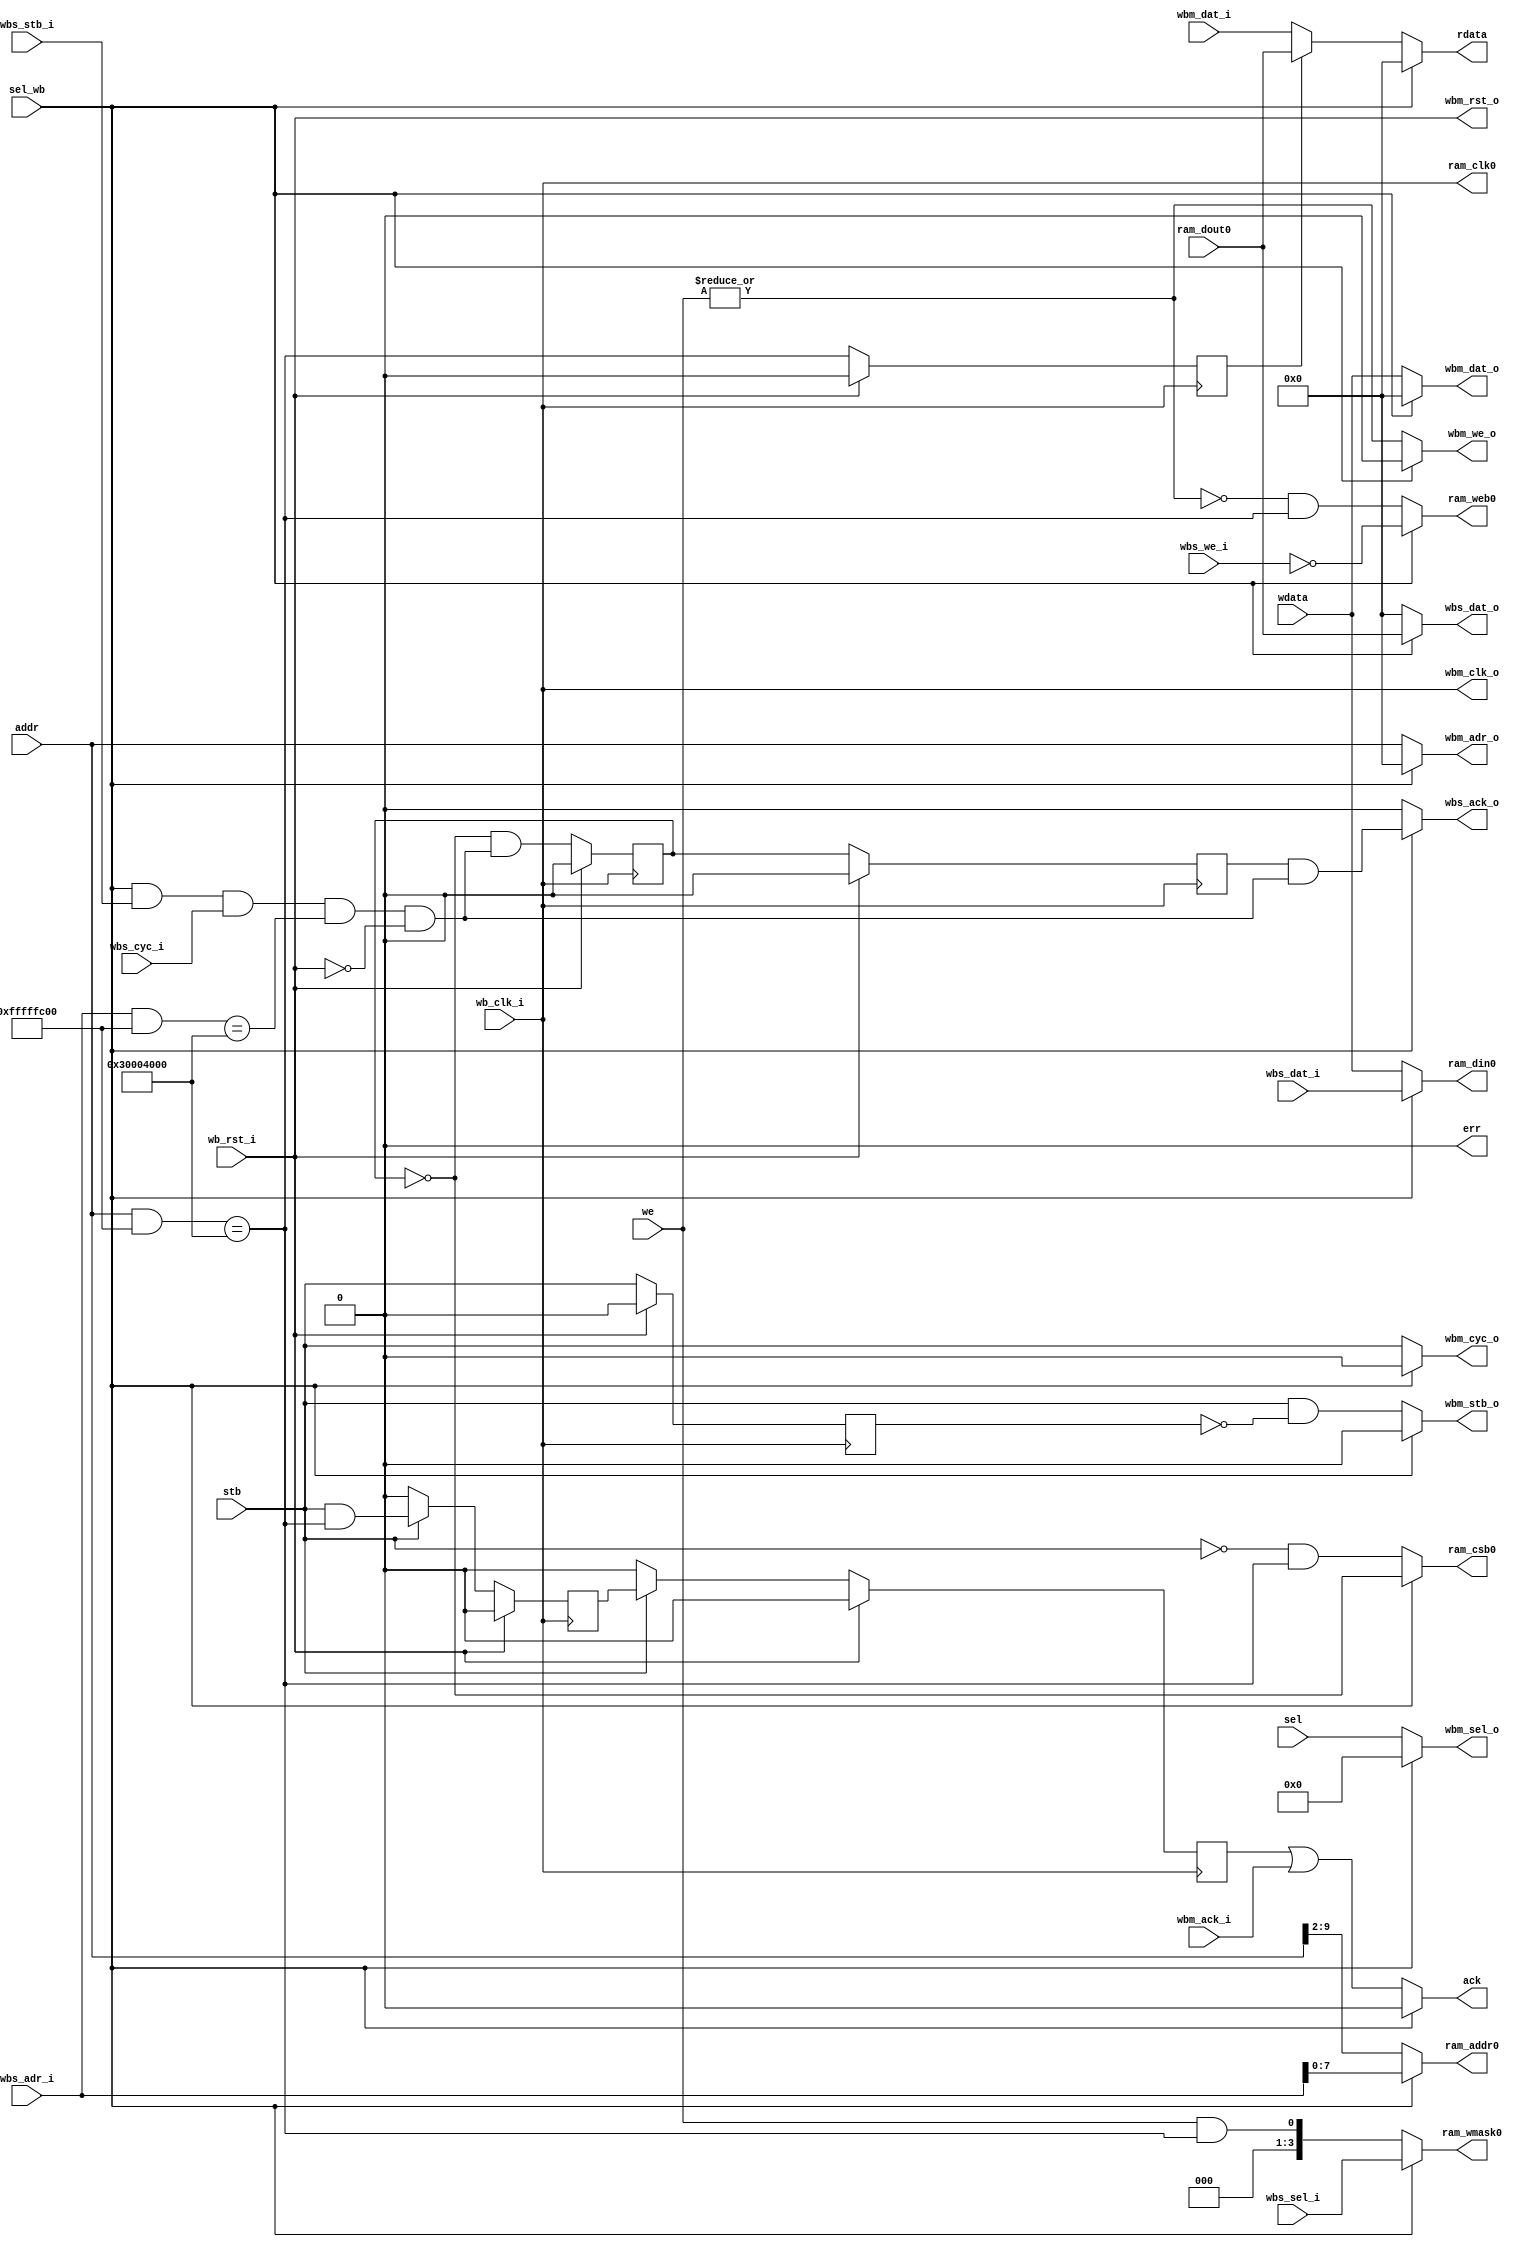
////////////////////////////////////////////////////////////////////////////////                                          
// SPDX-FileCopyrightText: 2022, Jure Vreca                                   //                                          
//                                                                            //                                          
// Licenseunder the Apache License, Version 2.0(the "License");               //                                          
// you maynot use this file except in compliance with the License.            //                                           
// You may obtain a copy of the License at                                    //                                          
//                                                                            //                                          
//      http://www.apache.org/licenses/LICENSE-2.0                            //                                          
//                                                                            //                                          
// Unless required by applicable law or agreed to in writing, software        //                                          
// distributed under the License is distributed on an "AS IS" BASIS,          //                                          
// WITHOUT WARRANTIES OR CONDITIONS OF ANY KIND, either express or implied.   //                                          
// See the License for the specific language governing permissions and        //                                          
// limitations under the License.                                             //                                          
// SPDX-License-Identifier: Apache-2.0                                        //                                          
// SPDX-FileContributor: Jure Vreca <jurevreca12@gmail.com>                   //                                          
////////////////////////////////////////////////////////////////////////////////  
////////////////////////////////////////////////////////////////////////////////
//                                                                            //
//                                                                            //
//                                                                            //
// Design Name:    data_ram_mux                                               //
// Project Name:   rvj1-caravel-soc                                           //
// Language:       System Verilog                                             //
//                                                                            //
// Description:    A mux for the data RAM. It is interfaced by the            //
//                 riscv-jedro-1 core and a wishbone master.                  //
//                                                                            //
//                                                      					  //
//                                          --|   instr_mem_if                //
//                |--------|              -   |-----                          //
//                |  DATA  | openram_if  |    |                               //
//                |   RAM  |-------------|    |                               //
//                |        |    wbm_if   |    |                               //
//                |________|   |---------|    |   wishbone if                 //
//                             |          -   |-----                          //
//                             |            --|                               //
//                                                                            //
////////////////////////////////////////////////////////////////////////////////

module data_ram_mux #(
    parameter RAM_ADDR_WIDTH_WORDS = 8,
    parameter BASE_ADDR_RAM = 32'h3000_4000
)
(
`ifdef USE_POWER_PINS
    inout vccd1,	// User area 1 1.8V supply
    inout vssd1,	// User area 1 digital ground
`endif
    input  wire                            sel_wb,

	// Interface to rvj1 core
    output reg  [31:0]                     rdata,
    output reg                             ack,
    output reg                             err,
    input  wire [3:0]                      we,
    input  wire                            stb,
    input  wire [31:0]                     addr,
    input  wire [31:0]                     wdata,
	input  wire [3:0]					   sel,

	// Input slave wishbone interface
    input  wire                            wb_clk_i,
    input  wire                            wb_rst_i,
    input  wire                            wbs_stb_i,
    input  wire                            wbs_cyc_i,
    input  wire                            wbs_we_i,
    input  wire [3:0]                      wbs_sel_i,
    input  wire [31:0]                     wbs_dat_i,
    input  wire [31:0]                     wbs_adr_i,
    output reg                             wbs_ack_o,
    output reg  [31:0]                     wbs_dat_o,

	// Output to data ram
    output wire                            ram_clk0,
    output reg                             ram_csb0,   // active low chip select
    output reg                             ram_web0,   // active low write enable
    output reg  [3:0]                      ram_wmask0, // write (byte) mask
    output reg  [RAM_ADDR_WIDTH_WORDS-1:0] ram_addr0,
    output reg  [31:0]                     ram_din0,
    input  wire [31:0]                     ram_dout0,

	// Output to wishbone master
	output wire							   wbm_clk_o,
	output wire							   wbm_rst_o,
	output reg							   wbm_stb_o,
	output reg							   wbm_cyc_o,
	output reg							   wbm_we_o,
	output reg	[3:0]					   wbm_sel_o,
	output reg [31:0]					   wbm_dat_o,
	output reg [31:0]					   wbm_adr_o,
	input wire							   wbm_ack_i,
	input wire [31:0]					   wbm_dat_i
);
	/****************************
	* DEFINITIONS AND CLOCKING
	****************************/
	localparam RAM_ADDR_WIDTH_BYTES = RAM_ADDR_WIDTH_WORDS + 2;
    localparam ADDR_LO_MASK = (1 << RAM_ADDR_WIDTH_BYTES) - 1;
    localparam ADDR_HI_MASK = 32'hffff_ffff - ADDR_LO_MASK; 
    
	wire ram_cs;
    reg ram_cs_r, ram_wbs_ack_r, core_ack;
	reg was_ram;	
	
	reg stb_delay;
	wire stb_rising;

    assign ram_clk0 = wb_clk_i;
	assign wbm_clk_o = wb_clk_i;
	assign wbm_rst_o = wb_rst_i;

    wire is_ram;
	/****************************
	* WISHBONE SLAVE - RAM ACKING
	****************************/
    assign ram_cs = sel_wb && wbs_stb_i && wbs_cyc_i && ((wbs_adr_i & ADDR_HI_MASK) == BASE_ADDR_RAM) && !wb_rst_i;
    always @(negedge wb_clk_i) begin
        if (wb_rst_i) begin
            ram_cs_r <= 0;
            ram_wbs_ack_r <= 0;
        end
        else begin
            ram_cs_r <= !ram_cs_r && ram_cs;
            ram_wbs_ack_r <= ram_cs_r;
        end
    end
    
    reg core_ack_rff;
    always @(posedge wb_clk_i) begin
        if (wb_rst_i) begin
            core_ack <= 0;
            core_ack_rff <= 0;
        end else if (stb) begin
            core_ack_rff <= stb && is_ram;
            core_ack <= core_ack_rff;
        end else begin
            core_ack_rff <= 0;
            core_ack <= 0;
        end
    end

	/****************************
	* IS CORE WRITE TO RAM LOGIC
	****************************/
	assign is_ram = (addr & ADDR_HI_MASK) == BASE_ADDR_RAM;
	always@(posedge wb_clk_i) begin
		if (wb_rst_i) was_ram <= 0;
		else		  was_ram <= is_ram;
	end


	always@(posedge wb_clk_i) begin
		if (wb_rst_i) stb_delay <= 1'b0;
		else 		  stb_delay <= stb;
	end

	assign stb_rising = stb & ~stb_delay;

	/****************************
	* COMBINATIONAL LOGIC
	****************************/
    always@(*) begin
		ram_csb0 = 1'b1; // it is active low
		ram_web0 = 1'b1; // also active low
		ram_wmask0 = 0;
		ram_addr0 = 0;
		ram_din0 = 0;
		wbm_stb_o = 0;
		wbm_cyc_o = 0;
		wbm_we_o = 0;
		wbm_sel_o = 0;
		wbm_dat_o = 0;
		wbm_adr_o = 0;
		rdata = 0;
		ack = 0;
		err = 0;
		wbs_ack_o = 0;
		wbs_dat_o = 0;
        if (sel_wb) begin
        	ram_csb0   = !ram_cs_r;
            ram_web0   = ~wbs_we_i;
            ram_wmask0 = wbs_sel_i;
            ram_addr0  = wbs_adr_i[RAM_ADDR_WIDTH_WORDS-1:0];
            ram_din0   = wbs_dat_i;
            wbs_dat_o  = ram_dout0;
            wbs_ack_o  = ram_wbs_ack_r && ram_cs;
        end
        else begin
        	ram_csb0   = (~stb) && is_ram;  // active low
        	ram_web0   = (~(|we)) && is_ram;  // active low
        	ram_wmask0 = we && is_ram;  
        	ram_addr0  = addr[RAM_ADDR_WIDTH_WORDS+2-1:2];
        	ram_din0   = wdata;

			wbm_stb_o  = stb_rising;
			wbm_cyc_o  = stb;
			wbm_we_o   = |we;
			wbm_sel_o  = sel; // Currently LSU only supports reading words
			wbm_dat_o  = wdata;
			wbm_adr_o  = addr;
        	
        	ack        = core_ack | wbm_ack_i; // core_ack is generated only when writing to ram
			err		   = 0;  // TODO
			if (was_ram) rdata = ram_dout0; // This assumes 1 cycle delay from all slave devices
			else		 rdata = wbm_dat_i;  
        end
    end

endmodule